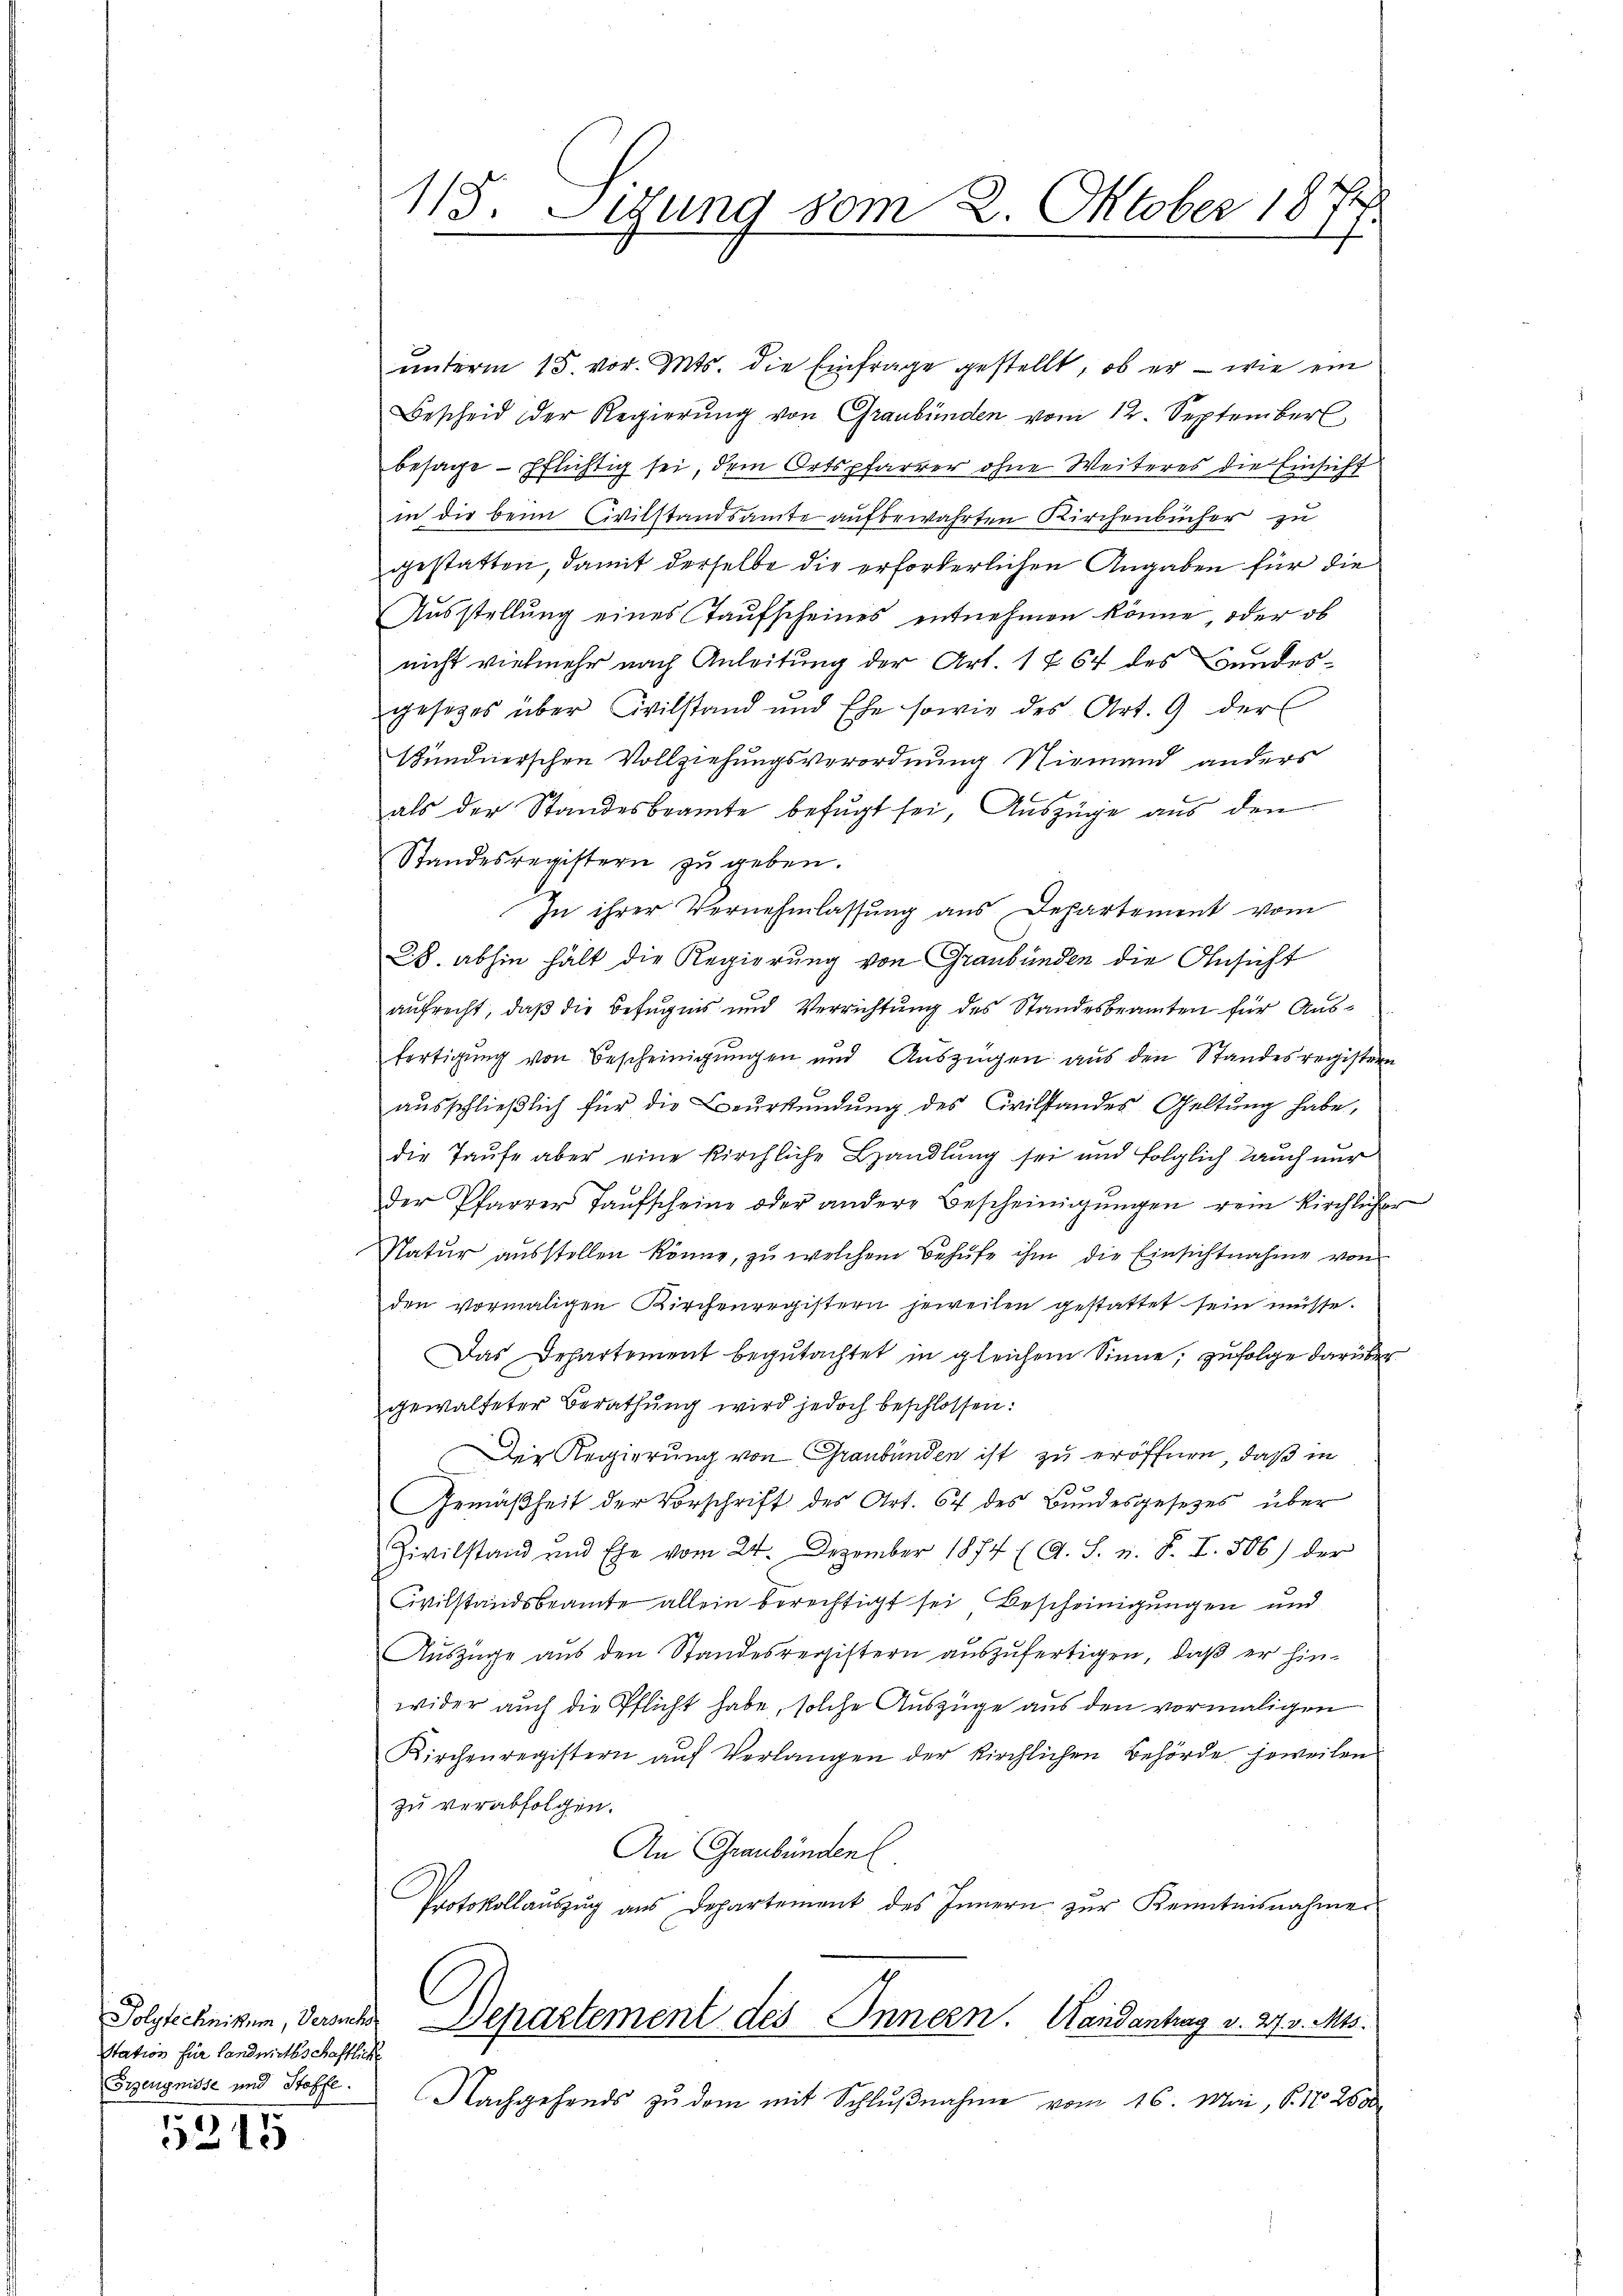
Station für Landwirthschaftliche
Erzeugnisse und Stoffe.

5215

115. Sitzung vom 2. Oktober 184
I

ŭnterm 15. vor. Mts. die Einfrage gestellt, ob er - wie ein
Bescheid der Regierŭng von Graubünden vom 12. September
besage - pflichtig sei, dem Ortspfarrer ohne Weiteres die Einsicht
in die beim Civilstandsamte aufbewahrten Kirchenbücher zu
gestatten, damit derselbe die erforderlichen Angaben für die
Aŭsstellŭng eines Taufscheines entnehmen könne, oder ob
nicht vielmehr nach Anleitung der Art. 1 § 64 des Bundes-
gesezes über Civilstand und Ehe sowie des Art. 9 der
sündnerschen Vollziehungsverordnung Niemand anders
als der Standesbeamte befŭgt sei, Aŭszüge aus den
Standesregistern zu geben.
Zu ihrer Vernehmlassung aus Departement vom
28. abhin hält die Regierung von Graubünden die Ansicht
aufrecht, daß die Befugnis und Verrichtung des Standesbeamten für Ausfertigung von Bescheinigungen und Auszügen aus den Standesregistern
ausschließlich für die Beurkundung des Civilstandes Geltung habe,
die Taufe aber eine kirchliche Handlung sei und folglich auch nur
der Pfarrer Taŭfscheine oder andere Bescheinigŭngen rein kirchlicher
Natur ausstellen könne, zu welchem Behufe ihm die Einsichtnahme von
den vormaligen Kirchenregistern jeweilen gestattet sein müsse.
Das Departement begŭtachtet in gleichem Sinne, zŭfolge darüber
gewalteter Berathung wird jedoch beschlossen:
Der Regierung von Graubünden ist zu eröffnen, daß in
s
Gemäßheit der Vorschrift des Art. 67 des Bundesgesetzes über
Zivilstand und Ehe vom 24. Dezember 1874 (A. S. u. F. I. 306) der
Civilstandsbeamte allein berechtigt sei Bescheinigungen und
Auszüge aus den Standesregistern auszufertigen, daß er hinwider auch die Pflicht habe, solche Auszüge aus den vormaligen
Kirchenregistern auf Verlangen der kirchlichen Behörde jeweilen
zu verabfolgen.
An Graubünden
Protokollaŭszŭg aŭs Departement des Innern zŭr Kenntnisnahmer-
Folytechnikum, dersich Departement des Innern. Mandantrag v. 27. v. Mts.
Nachgehends zu dem mit Schlŭβnahme vom 16. Mai, S. 18. 2600